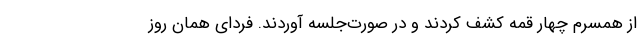
از همسرم چهار قمه کشف کردند و در صورت‌جلسه آوردند. فردای همان روز